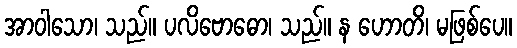
အာဝါသော၊ သည်။ ပလိဗောဓော၊ သည်။ န ဟောတိ၊ မဖြစ်ပေ။